Scientific memoirs by medical officers of the Army of India - Part X,
Year: 1897
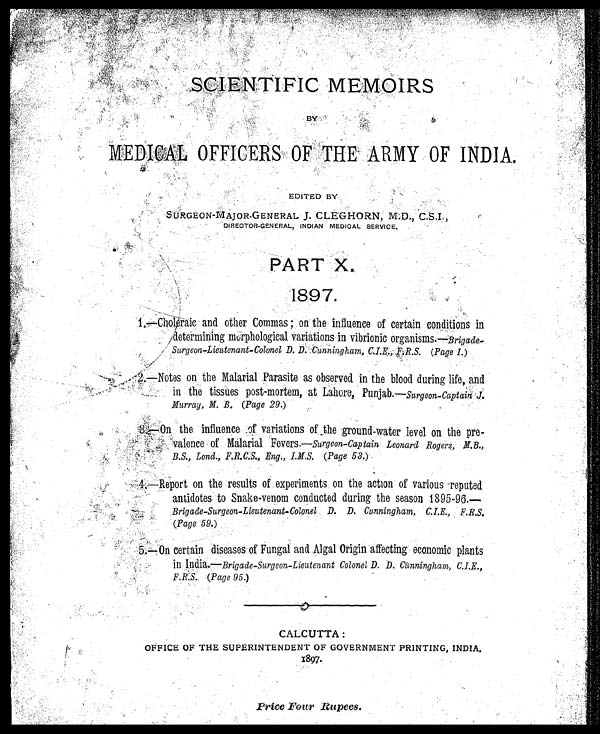
SCIENTIFIC MEMORIES
BYM E D I C A L O F F I C E R S O F T H E A R M Y O F I N D I A .E
D I T E D B Y
SURGEON-MAJOR-GENERAL J. CLEGHORN, M.D., C.S.I.,
DIRECTOR-GENERAL, INDIAN MEDICAL SERVICE.
PART X.
1897.
1. —Choleraic and other Commas ; on the influence of certain conditions in
determining morphological variations in vibrionic organisms. — Brigade-
Surgeon-Lieutenant-Colonel D. D. Cunningham, C.I.E., F.R.S. (Page 1.)
2. —Notes on the Malarial Parasite as observed in the blood during life, and
in the tissues post-mortem, at Lahore, Punjab.
—S
u r g e o n - C a p t a i n J . M u r r a y , M . B .
(P
a g e 2 9 .
)
3. —On the influence of variations of the ground-water level on the pre-
valence of Malarial Fevers.—Surgeon-Captain Leonard Rogers, M.S., B.S., Lond., F.R.C.S., Eng., I.M.S. (Page 53.)
4.—Report on the results of experiments on the action of various reputed
antidotes to Snake-venom conducted during the season 1895-96.—
Brigade-Surgeon-Lieutenant-Colonel D. D. Cunningham, C.I.E., F.R.S.
(Page 59.)
5 . — O n
c e r t a i n d i s e a s e s o f F u n g a l a n d A l g a l O r i g i n a f f e c t i n g e c o n o m i c p l a n t s
in India.—Brigade-Surgeon-Lieutenant Colonel D. D. Cunningham, C.I.E.,
F.RS. (Page 95.)
CALCUTTA:
OFFICE OF THE SUPERINTENDENT OF GOVERNMENT PRINTING, INDIA.
1897.
Price Four Rupees.